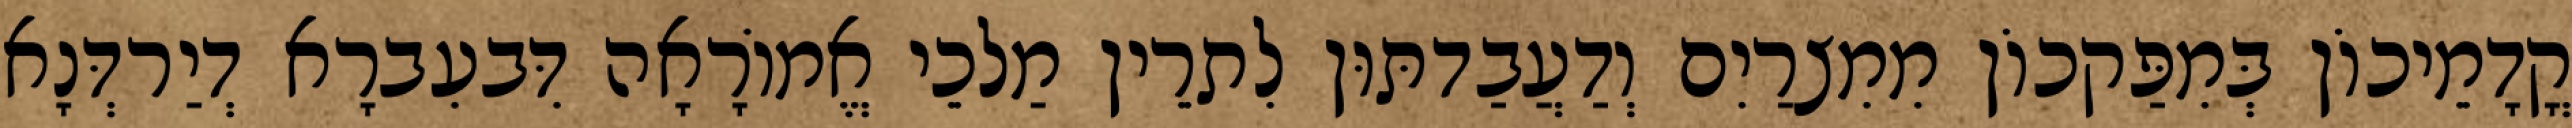
קֳדָמֵיכוֹן בְּמִפַּקכוֹן מִמִצרַיִם וְדַעֲבַדתּוּן לִתרֵין מַלכֵי אֱמוֹרָאָה דִּבעִברָא דְיַרדְּנָא